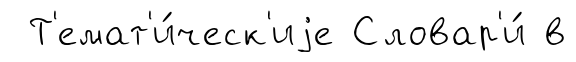
Т'емат'и́ческ'иjе Словар'и́ в